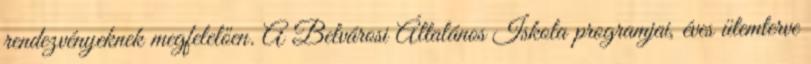
rendezvényeknek megfelelően. A Belvárosi Általános Iskola programjai, éves ütemterve